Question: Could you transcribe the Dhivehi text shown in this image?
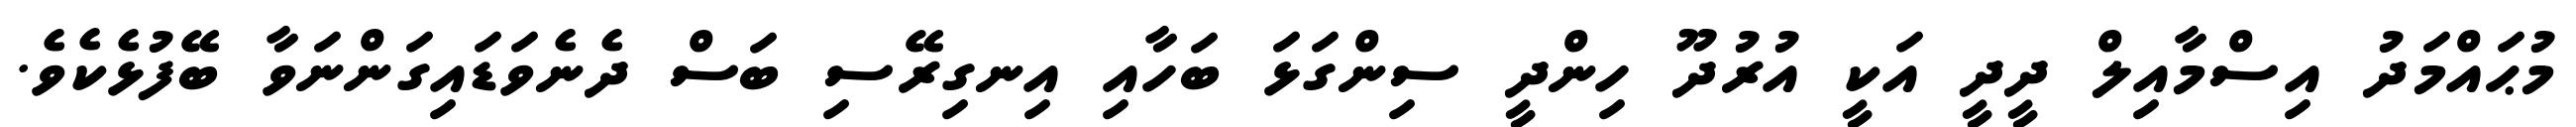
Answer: މުޙައްމަދު އިސްމާއިލް ދީދީ އަކީ އުރުދޫ ހިންދީ ސިންގަޅަ ބަހާއި އިނގިރޭސި ބަސް ދެނެވަޑައިގަންނަވާ ބޭފުޅެކެވެ.